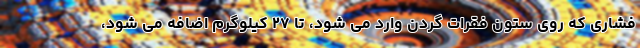
فشاری که روی ستون فقرات گردن وارد می شود، تا ۲۷ کیلوگرم اضافه می شود،